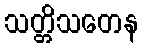
သတ္တိသတေန